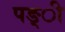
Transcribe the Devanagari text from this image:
पङ्ी